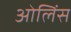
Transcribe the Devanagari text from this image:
ओलिंस